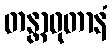
တန္တာဝုတာနံ